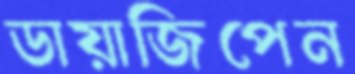
ডায়াজিপেন